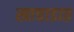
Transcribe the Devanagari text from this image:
खाचाडात